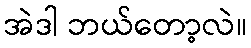
အဲဒါ ဘယ်တော့လဲ။